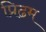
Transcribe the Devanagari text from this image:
प्रिढम